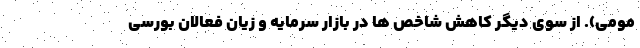
مومی). از سوی دیگر کاهش شاخص ها در بازار سرمایه و زیان فعالان بورسی